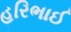
હરિભાઈ